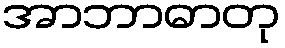
အာဘာဓာတု